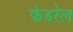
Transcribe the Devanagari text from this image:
फेडरेल